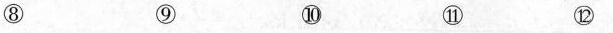
⑧ ⑨ ⑩ ⑪ ⑫